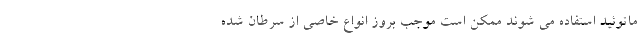
ماتوئید استفاده می شوند ممکن است موجب بروز انواع خاصی از سرطان شده